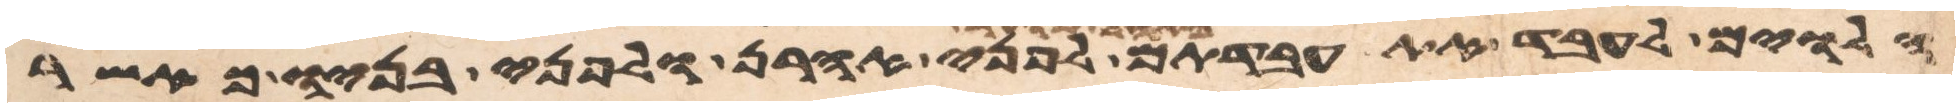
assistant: הלוים לעבד את עבדתם באהל מועד לפני אהרן ולפני בניו כאשר